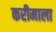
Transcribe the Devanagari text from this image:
करीमाला